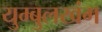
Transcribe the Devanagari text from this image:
युम्बुलखंग